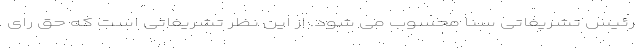
رئیس تشریفاتی سنا محسوب می شود. از این نظر تشریفاتی است که حق رای